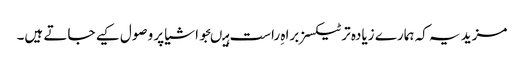
مزید یہ کہ ہمارے زیادہ تر ٹیکسز براہ ِراست ہیںجو اشیا پر وصول کیے جاتے ہیں۔